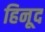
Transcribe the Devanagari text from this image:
हिनूद